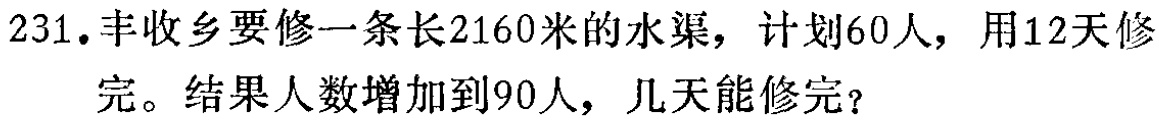
231.丰收乡要修一条长2160米的水渠，计划60人，用12天修完。结果人数增加到90人，几天能修完？